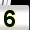
Digit: 5